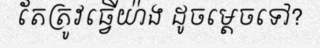
តែត្រូវធ្វើយ៉ាង ដូចម្តេចទៅ?